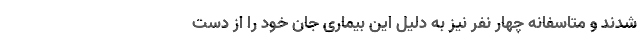
شدند و متاسفانه چهار نفر نیز به دلیل این بیماری جان خود را از دست